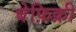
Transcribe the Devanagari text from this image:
बेफ़िक्री